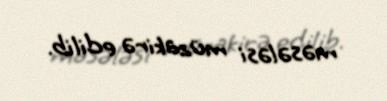
məsələsi müzakirə edilib.